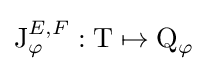
\operatorname {J} _{\varphi }^{E,F}:\operatorname {T} \mapsto \operatorname {Q} _{\varphi }